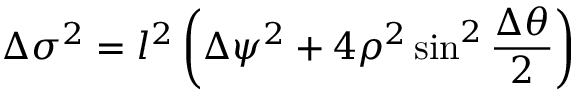
\Delta \sigma ^ { 2 } = l ^ { 2 } \left( \Delta \psi ^ { 2 } + 4 \rho ^ { 2 } \sin ^ { 2 } { \frac { \Delta \theta } { 2 } } \right)